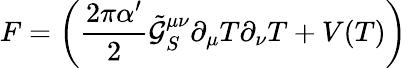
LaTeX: F=\left(\frac{2\pi\alpha^{\prime}}{2}\tilde{\mathcal{G}}_{S}^{\mu\nu}\partial_{\mu}T\partial_{\nu}T+V(T)\right)